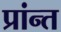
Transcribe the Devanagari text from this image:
प्रांन्त